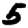
Digit: 5